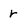
Character: r